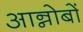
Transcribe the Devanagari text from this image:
आन्नोबों